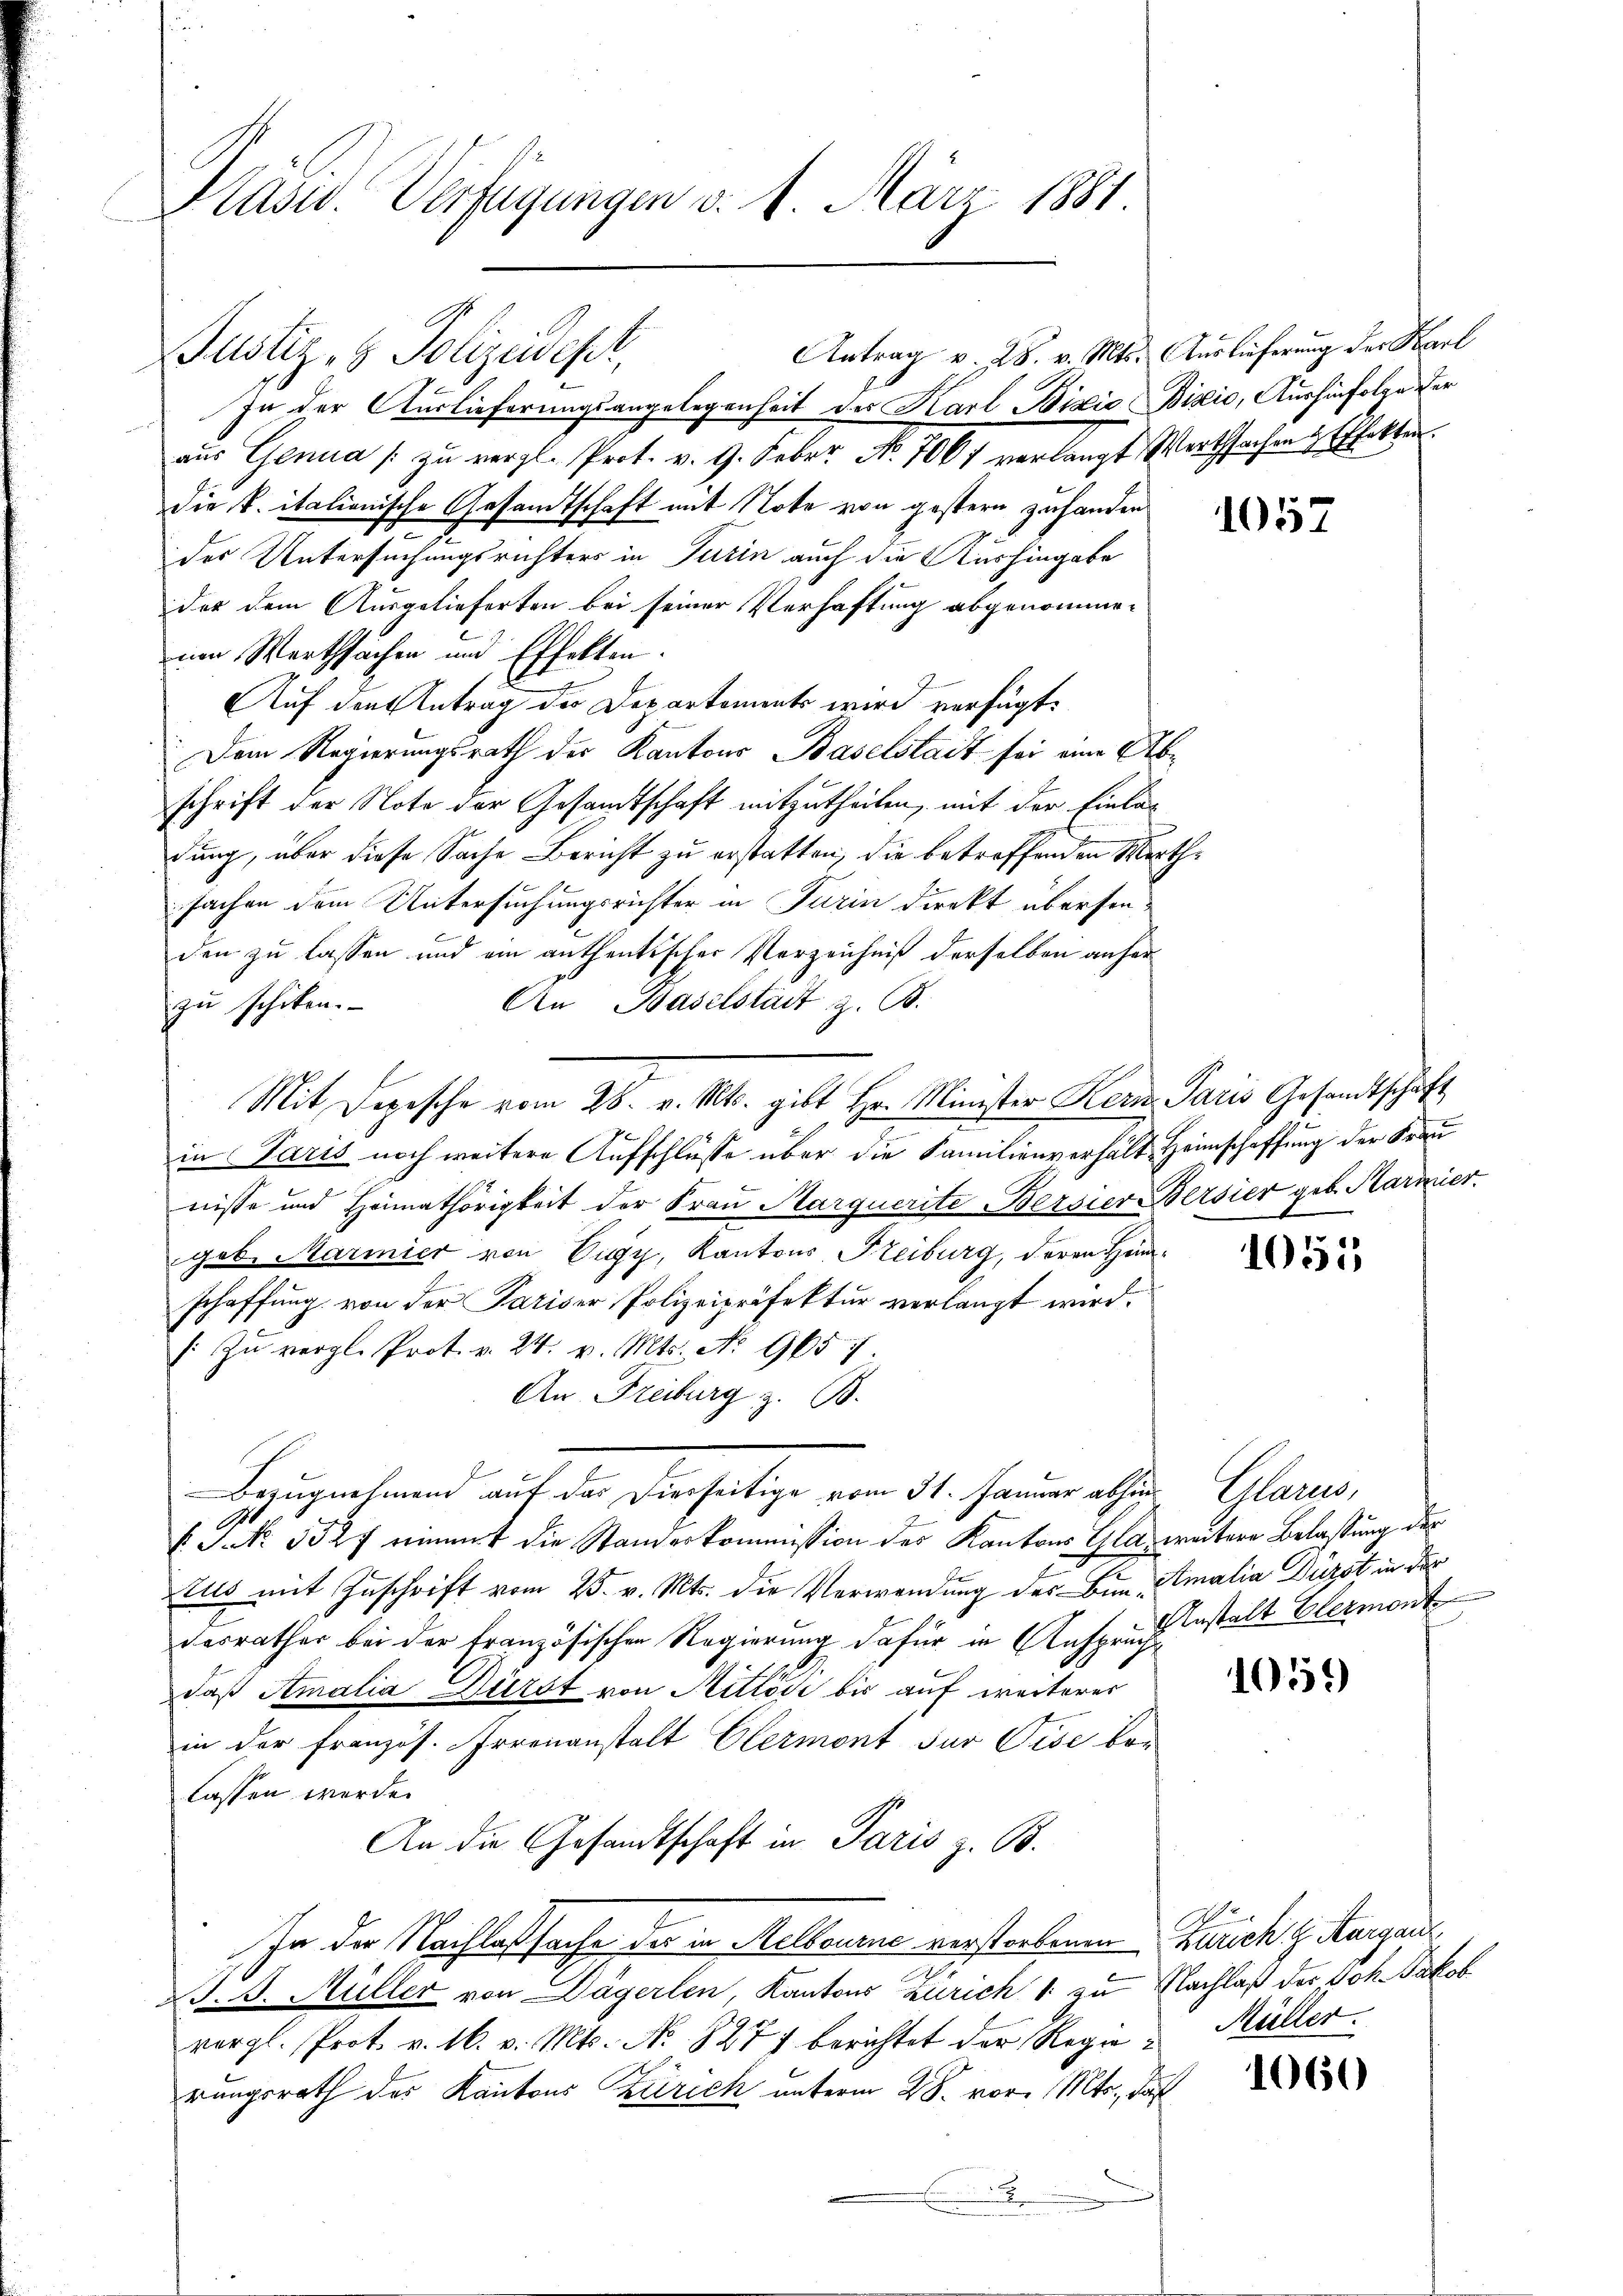
Plast. Verfügungen d. 1. März 1881.

Justiz- & Polizeidest,

In der Auslieferungsangelegenheit des Karl Bizio Bizio, Aushinfolge der
aus Genua /: zu vergl. Prot. v. 9. Feber. No. 7061 verlangt Werthsachen & Effekten.
die k. italienische Gesandtschaft mit Note von gestern zu handen
des Untersuchungsrichters in Turin auch die Aushingabe
der dem Ausgelieferten bei seiner Verhaftung abgenommeum Werthsachen und Effekten.
Auf den Antrag der Departements wird verfügt:
Dem Regierungsrath der Kantons Baselstadt sei eine Abschrift der Note der Gesandtschaft mitzutheilen, mit der Einladung, über diese Sache Bericht zu erstatten, die betreffenden Werthsachen dem Untersuchungsrichter in Turin direkt übersenden zu lassen und ein anthentischer Verzeichniß derselben anher¬
An Baselstadt z. B.
zu schiken.
in Paris noch weitere Aufschlüsse über die Familienverhalt Heimschaffung der Frau
nisse und Heimathörigkeit der Frau Marquerite Bersier Bersier geb. Karmier
geb. Marmier von Eugy, Kantons Freiburg, deren Hinschaffung von der Pariser Polizeipräfektur verlangt wird.
 zŭ vergl. Prot. v. 24. v. Mts. No. 9657.
An Freiburg z. B.
Bezugnehmend auf der Dieseitige vom 31. Januar also
.
f. J. No. 5327 eimat die Standerkommission des Kantons Gla, weitere Belassung der
tus mit Zuschrift vom 23. v. Mts. die Verwendung des Bun, Amalia Dürst in der
desrathes bei der französischen Regierung dafür in Anspruch bestalt Blermont
daß Amalia Dürst von Mitlose bis auf weiterer
in der Französ. Irrenanstalt Clermont für Pise ber
lassen werde.
An die Gesandtschaft in Paris z. B.
In der Nachlaßsache der in Melbourne verstorbenen Zürich z. Kurgaus
S.S. Müller von Dägerlen, Kantons Zürich 1 zu Nachlaß der Joh. Jakob
vergl. Prot. v. 16. v. Mts. No. 827 berichtet der Regen Müller.
rungsrath des Kantons Zürich unterm 28. vor. Mts., daß
.

Mit Depesche vom 26. v. Mts. gibt Hr. Minister Kern Paris Gesandtschaft

Antrag v. 28. v. Mts. Auslieferung der Karl

1051

Man

1059

1060